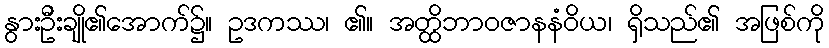
နွားဦးချို၏အောက်၌။ ဥဒကဿ၊ ၏။ အတ္ထိဘာဝဇာနနံဝိယ၊ ရှိသည်၏ အဖြစ်ကို